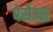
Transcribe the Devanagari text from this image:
पेर्सेउस